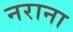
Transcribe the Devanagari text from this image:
नराना